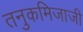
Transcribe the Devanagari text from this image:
तनुकमिजाजी